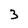
Character: 3